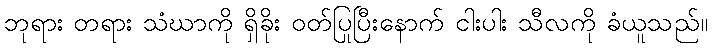
ဘုရား တရား သံဃာကို ရှိခိုး ဝတ်ပြုပြီးနောက် ငါးပါး သီလကို ခံယူသည်။